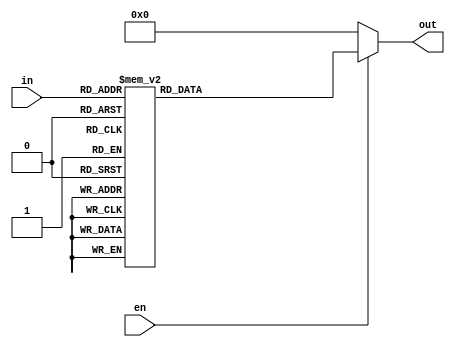
`timescale 1ns / 1ps

module decoder(in, en, out);
input [2:0]in;
input en;
output reg [7:0] out;

always@*
    if(en)
        case(in)
            3'b000 : out = 8'b00000001;
            3'b001 : out = 8'b00000010;
            3'b010 : out = 8'b00000100;
            3'b011 : out = 8'b00001000;
            3'b100 : out = 8'b00010000;
            3'b101 : out = 8'b00100000;
            3'b110 : out = 8'b01000000;
            3'b111 : out = 8'b10000000;
            default : out = 0;
         endcase
     else out = 0;
    
 endmodule